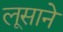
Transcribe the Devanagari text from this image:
लूसाने